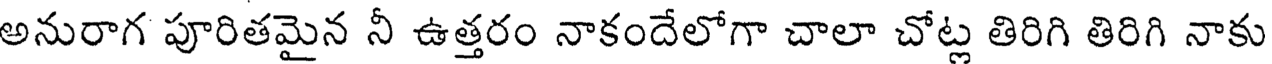
అనురాగ పూరితమైన నీ ఉత్తరం నాకందేలోగా చాలా చోట్ల తిరిగి తిరిగి నాకు